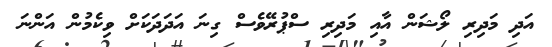
އަދި މަދިރި ލޯޝަން އާއި މަދިރި ސްޕުރޭވެސް ގިނަ އަދަދަކަށް ވިކެމުން އަންނަ